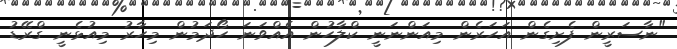
"ނާސަރީން ފެށިގެން އަހަރެން މިއަންނަނީ ކްލާހުން އެއްވަނަ ހޯދަމުން މިހާރު މިއުޅެނީ ގްރޭޑު